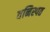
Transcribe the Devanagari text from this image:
वनिस्पत